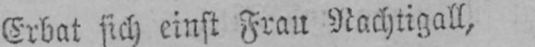
Erbat sich einst Frau Nachtigall,